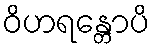
ဝိဟရန္တောပိ